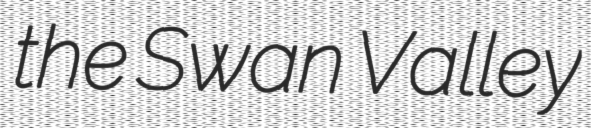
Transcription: the Swan Valley